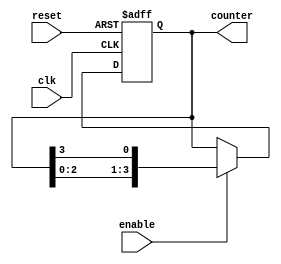
module johnson_counter_with_enable (
    input wire clk,
    input wire reset,
    input wire enable,
    output reg [3:0] counter
);

always @(posedge clk or posedge reset) begin
    if (reset) begin
        counter <= 4'b0001;
    end else begin
        if (enable) begin
            counter <= {counter[2:0],counter[3]};
        end
    end
end

endmodule